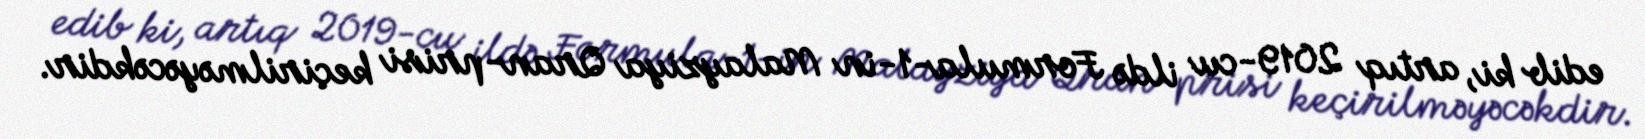
edib ki, artıq 2019-cu ildə Formula-1-in Malayziya Qran-prisi keçirilməyəcəkdir.